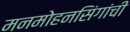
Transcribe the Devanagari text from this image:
मनमोहनसिंगांची